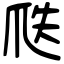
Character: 𤔅